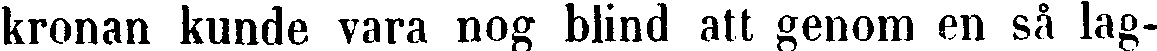
kronan kunde vara nog blind att genom en så lag-